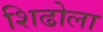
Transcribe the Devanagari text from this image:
शिढोला